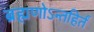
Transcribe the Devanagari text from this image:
ब्रह्मणोऽन्तहिर्तं